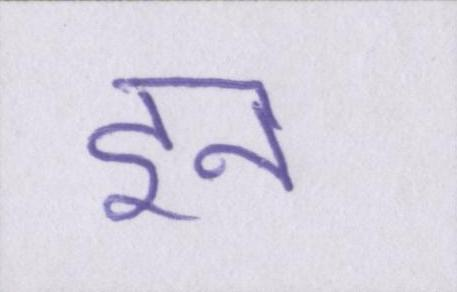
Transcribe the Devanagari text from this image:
इन